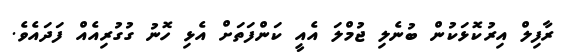
ރާފިލް އިރުކޮޅަކުން ބުނެލި ޖުމްލަ އެއީ ކަންފަތަށް އެޅި ހޮނު ގުގުރިއެއް ފަދައެވެ.